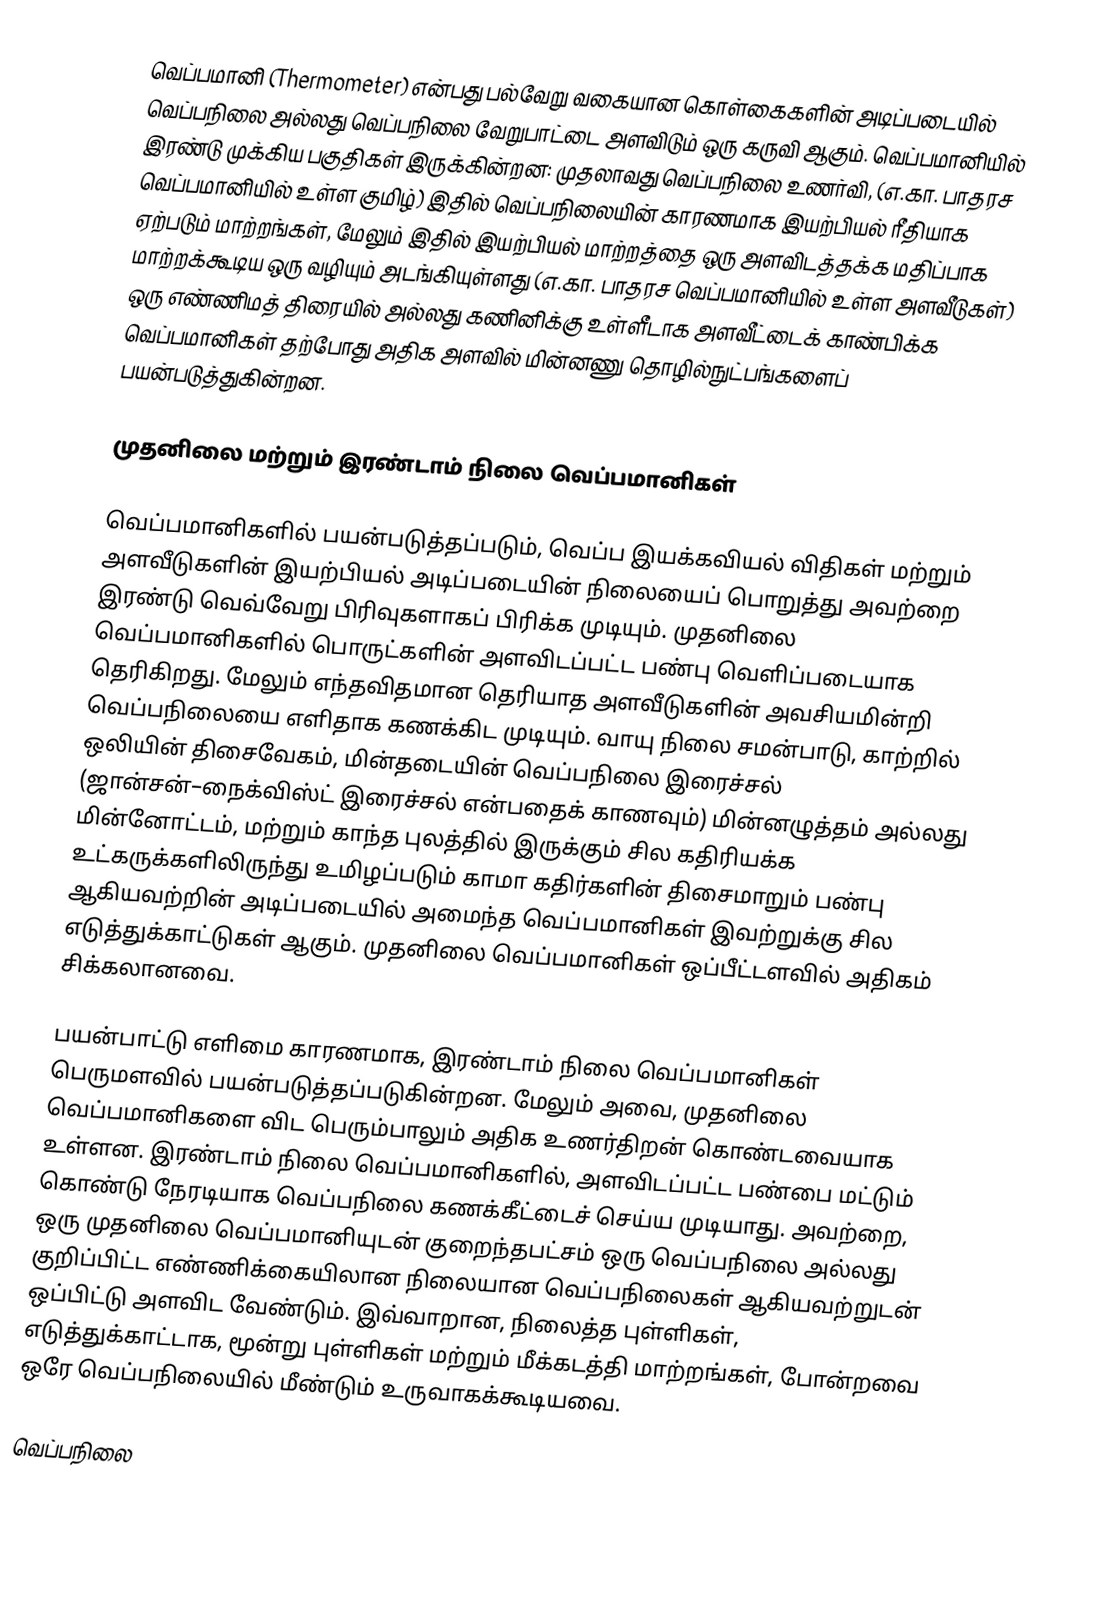
வெப்பமானி (Thermometer) என்பது பல்வேறு வகையான கொள்கைகளின் அடிப்படையில் வெப்பநிலை அல்லது வெப்பநிலை வேறுபாட்டை அளவிடும் ஒரு கருவி ஆகும். வெப்பமானியில் இரண்டு முக்கிய பகுதிகள் இருக்கின்றன: முதலாவது வெப்பநிலை உணர்வி, (எ.கா. பாதரச வெப்பமானியில் உள்ள குமிழ்) இதில் வெப்பநிலையின் காரணமாக இயற்பியல் ரீதியாக ஏற்படும் மாற்றங்கள், மேலும் இதில் இயற்பியல் மாற்றத்தை ஒரு அளவிடத்தக்க மதிப்பாக மாற்றக்கூடிய ஒரு வழியும் அடங்கியுள்ளது (எ.கா. பாதரச வெப்பமானியில் உள்ள அளவீடுகள்) ஒரு எண்ணிமத் திரையில் அல்லது கணினிக்கு உள்ளீடாக அளவீட்டைக் காண்பிக்க வெப்பமானிகள் தற்போது அதிக அளவில் மின்னணு தொழில்நுட்பங்களைப் பயன்படுத்துகின்றன.

முதனிலை மற்றும் இரண்டாம் நிலை வெப்பமானிகள்

வெப்பமானிகளில் பயன்படுத்தப்படும், வெப்ப இயக்கவியல் விதிகள் மற்றும் அளவீடுகளின் இயற்பியல் அடிப்படையின் நிலையைப் பொறுத்து அவற்றை இரண்டு வெவ்வேறு பிரிவுகளாகப் பிரிக்க முடியும். முதனிலை வெப்பமானிகளில் பொருட்களின் அளவிடப்பட்ட பண்பு வெளிப்படையாக தெரிகிறது. மேலும் எந்தவிதமான தெரியாத அளவீடுகளின் அவசியமின்றி வெப்பநிலையை எளிதாக கணக்கிட முடியும். வாயு நிலை சமன்பாடு, காற்றில் ஒலியின் திசைவேகம், மின்தடையின் வெப்பநிலை இரைச்சல் (ஜான்சன்–நைக்விஸ்ட் இரைச்சல் என்பதைக் காணவும்) மின்னழுத்தம் அல்லது மின்னோட்டம், மற்றும் காந்த புலத்தில் இருக்கும் சில கதிரியக்க உட்கருக்களிலிருந்து உமிழப்படும் காமா கதிர்களின் திசைமாறும் பண்பு ஆகியவற்றின் அடிப்படையில் அமைந்த வெப்பமானிகள் இவற்றுக்கு சில எடுத்துக்காட்டுகள் ஆகும். முதனிலை வெப்பமானிகள் ஒப்பீட்டளவில் அதிகம் சிக்கலானவை.

பயன்பாட்டு எளிமை காரணமாக, இரண்டாம் நிலை வெப்பமானிகள் பெருமளவில் பயன்படுத்தப்படுகின்றன. மேலும் அவை, முதனிலை வெப்பமானிகளை விட பெரும்பாலும் அதிக உணர்திறன் கொண்டவையாக உள்ளன. இரண்டாம் நிலை வெப்பமானிகளில், அளவிடப்பட்ட பண்பை மட்டும் கொண்டு நேரடியாக வெப்பநிலை கணக்கீட்டைச் செய்ய முடியாது. அவற்றை, ஒரு முதனிலை வெப்பமானியுடன் குறைந்தபட்சம் ஒரு வெப்பநிலை அல்லது குறிப்பிட்ட எண்ணிக்கையிலான நிலையான வெப்பநிலைகள் ஆகியவற்றுடன் ஒப்பிட்டு அளவிட வேண்டும். இவ்வாறான, நிலைத்த புள்ளிகள், எடுத்துக்காட்டாக, மூன்று புள்ளிகள் மற்றும் மீக்கடத்தி மாற்றங்கள், போன்றவை ஒரே வெப்பநிலையில் மீண்டும் உருவாகக்கூடியவை.

வெப்பநிலை